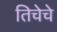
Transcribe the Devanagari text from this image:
तिचेचे